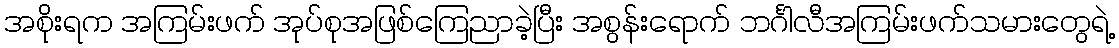
အစိုးရက အကြမ်းဖက် အုပ်စုအဖြစ်ကြေညာခဲ့ပြီး အစွန်းရောက် ဘင်္ဂါလီအကြမ်းဖက်သမားတွေရဲ့